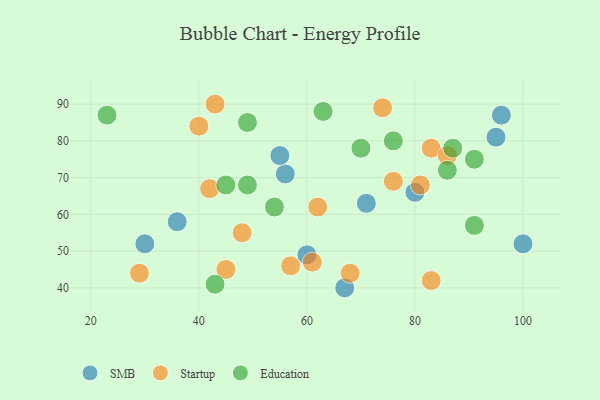
{"axis": {"x": "GDP", "y": "Life Expectancy"}, "legend": ["Education", "SMB", "Startup"], "data": [{"x": "56", "y": 71, "type": "SMB"}, {"x": "100", "y": 52, "type": "SMB"}, {"x": "30", "y": 52, "type": "SMB"}, {"x": "80", "y": 66, "type": "SMB"}, {"x": "71", "y": 63, "type": "SMB"}, {"x": "67", "y": 40, "type": "SMB"}, {"x": "55", "y": 76, "type": "SMB"}, {"x": "36", "y": 58, "type": "SMB"}, {"x": "95", "y": 81, "type": "SMB"}, {"x": "96", "y": 87, "type": "SMB"}, {"x": "60", "y": 49, "type": "SMB"}, {"x": "57", "y": 46, "type": "Startup"}, {"x": "61", "y": 47, "type": "Startup"}, {"x": "48", "y": 55, "type": "Startup"}, {"x": "62", "y": 62, "type": "Startup"}, {"x": "76", "y": 69, "type": "Startup"}, {"x": "68", "y": 44, "type": "Startup"}, {"x": "81", "y": 68, "type": "Startup"}, {"x": "83", "y": 78, "type": "Startup"}, {"x": "45", "y": 45, "type": "Startup"}, {"x": "42", "y": 67, "type": "Startup"}, {"x": "29", "y": 44, "type": "Startup"}, {"x": "40", "y": 84, "type": "Startup"}, {"x": "43", "y": 90, "type": "Startup"}, {"x": "86", "y": 76, "type": "Startup"}, {"x": "83", "y": 42, "type": "Startup"}, {"x": "74", "y": 89, "type": "Startup"}, {"x": "43", "y": 41, "type": "Education"}, {"x": "23", "y": 87, "type": "Education"}, {"x": "63", "y": 88, "type": "Education"}, {"x": "76", "y": 80, "type": "Education"}, {"x": "70", "y": 78, "type": "Education"}, {"x": "49", "y": 68, "type": "Education"}, {"x": "87", "y": 78, "type": "Education"}, {"x": "91", "y": 75, "type": "Education"}, {"x": "54", "y": 62, "type": "Education"}, {"x": "86", "y": 72, "type": "Education"}, {"x": "91", "y": 57, "type": "Education"}, {"x": "49", "y": 85, "type": "Education"}, {"x": "45", "y": 68, "type": "Education"}]}